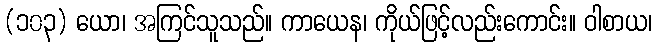
(၁၀၃) ယော၊ အကြင်သူသည်။ ကာယေန၊ ကိုယ်ဖြင့်လည်းကောင်း။ ဝါစာယ၊